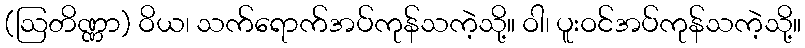
(ဩတိဏ္ဏာ) ဝိယ၊ သက်ရောက်အပ်ကုန်သကဲ့သို့။ ဝါ၊ ပူးဝင်အပ်ကုန်သကဲ့သို့။